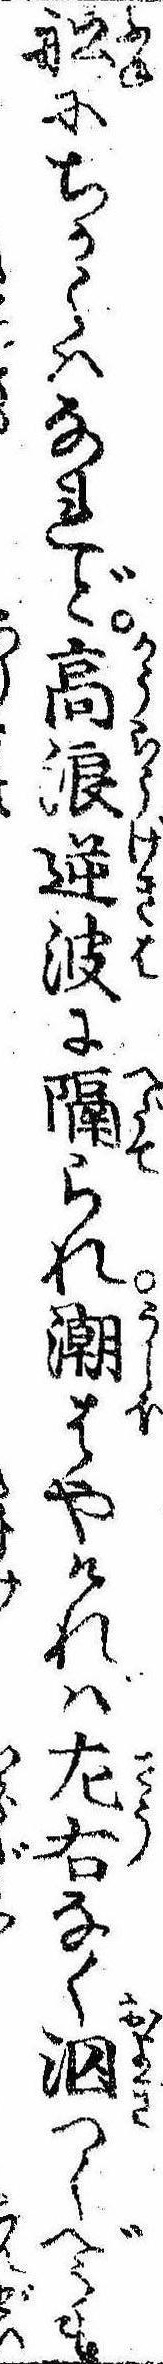
船にちかくはなれど高浪逆波に隔られ潮はやければ㔫右なく泅つくべうも